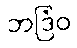
ဘဒြံဝ